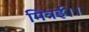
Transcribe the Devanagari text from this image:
मित्रई।।